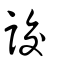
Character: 詨